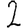
Digit: 2